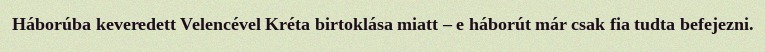
Háborúba keveredett Velencével Kréta birtoklása miatt – e háborút már csak fia tudta befejezni.